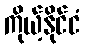
ကိုယ့်နိုင်ငံ